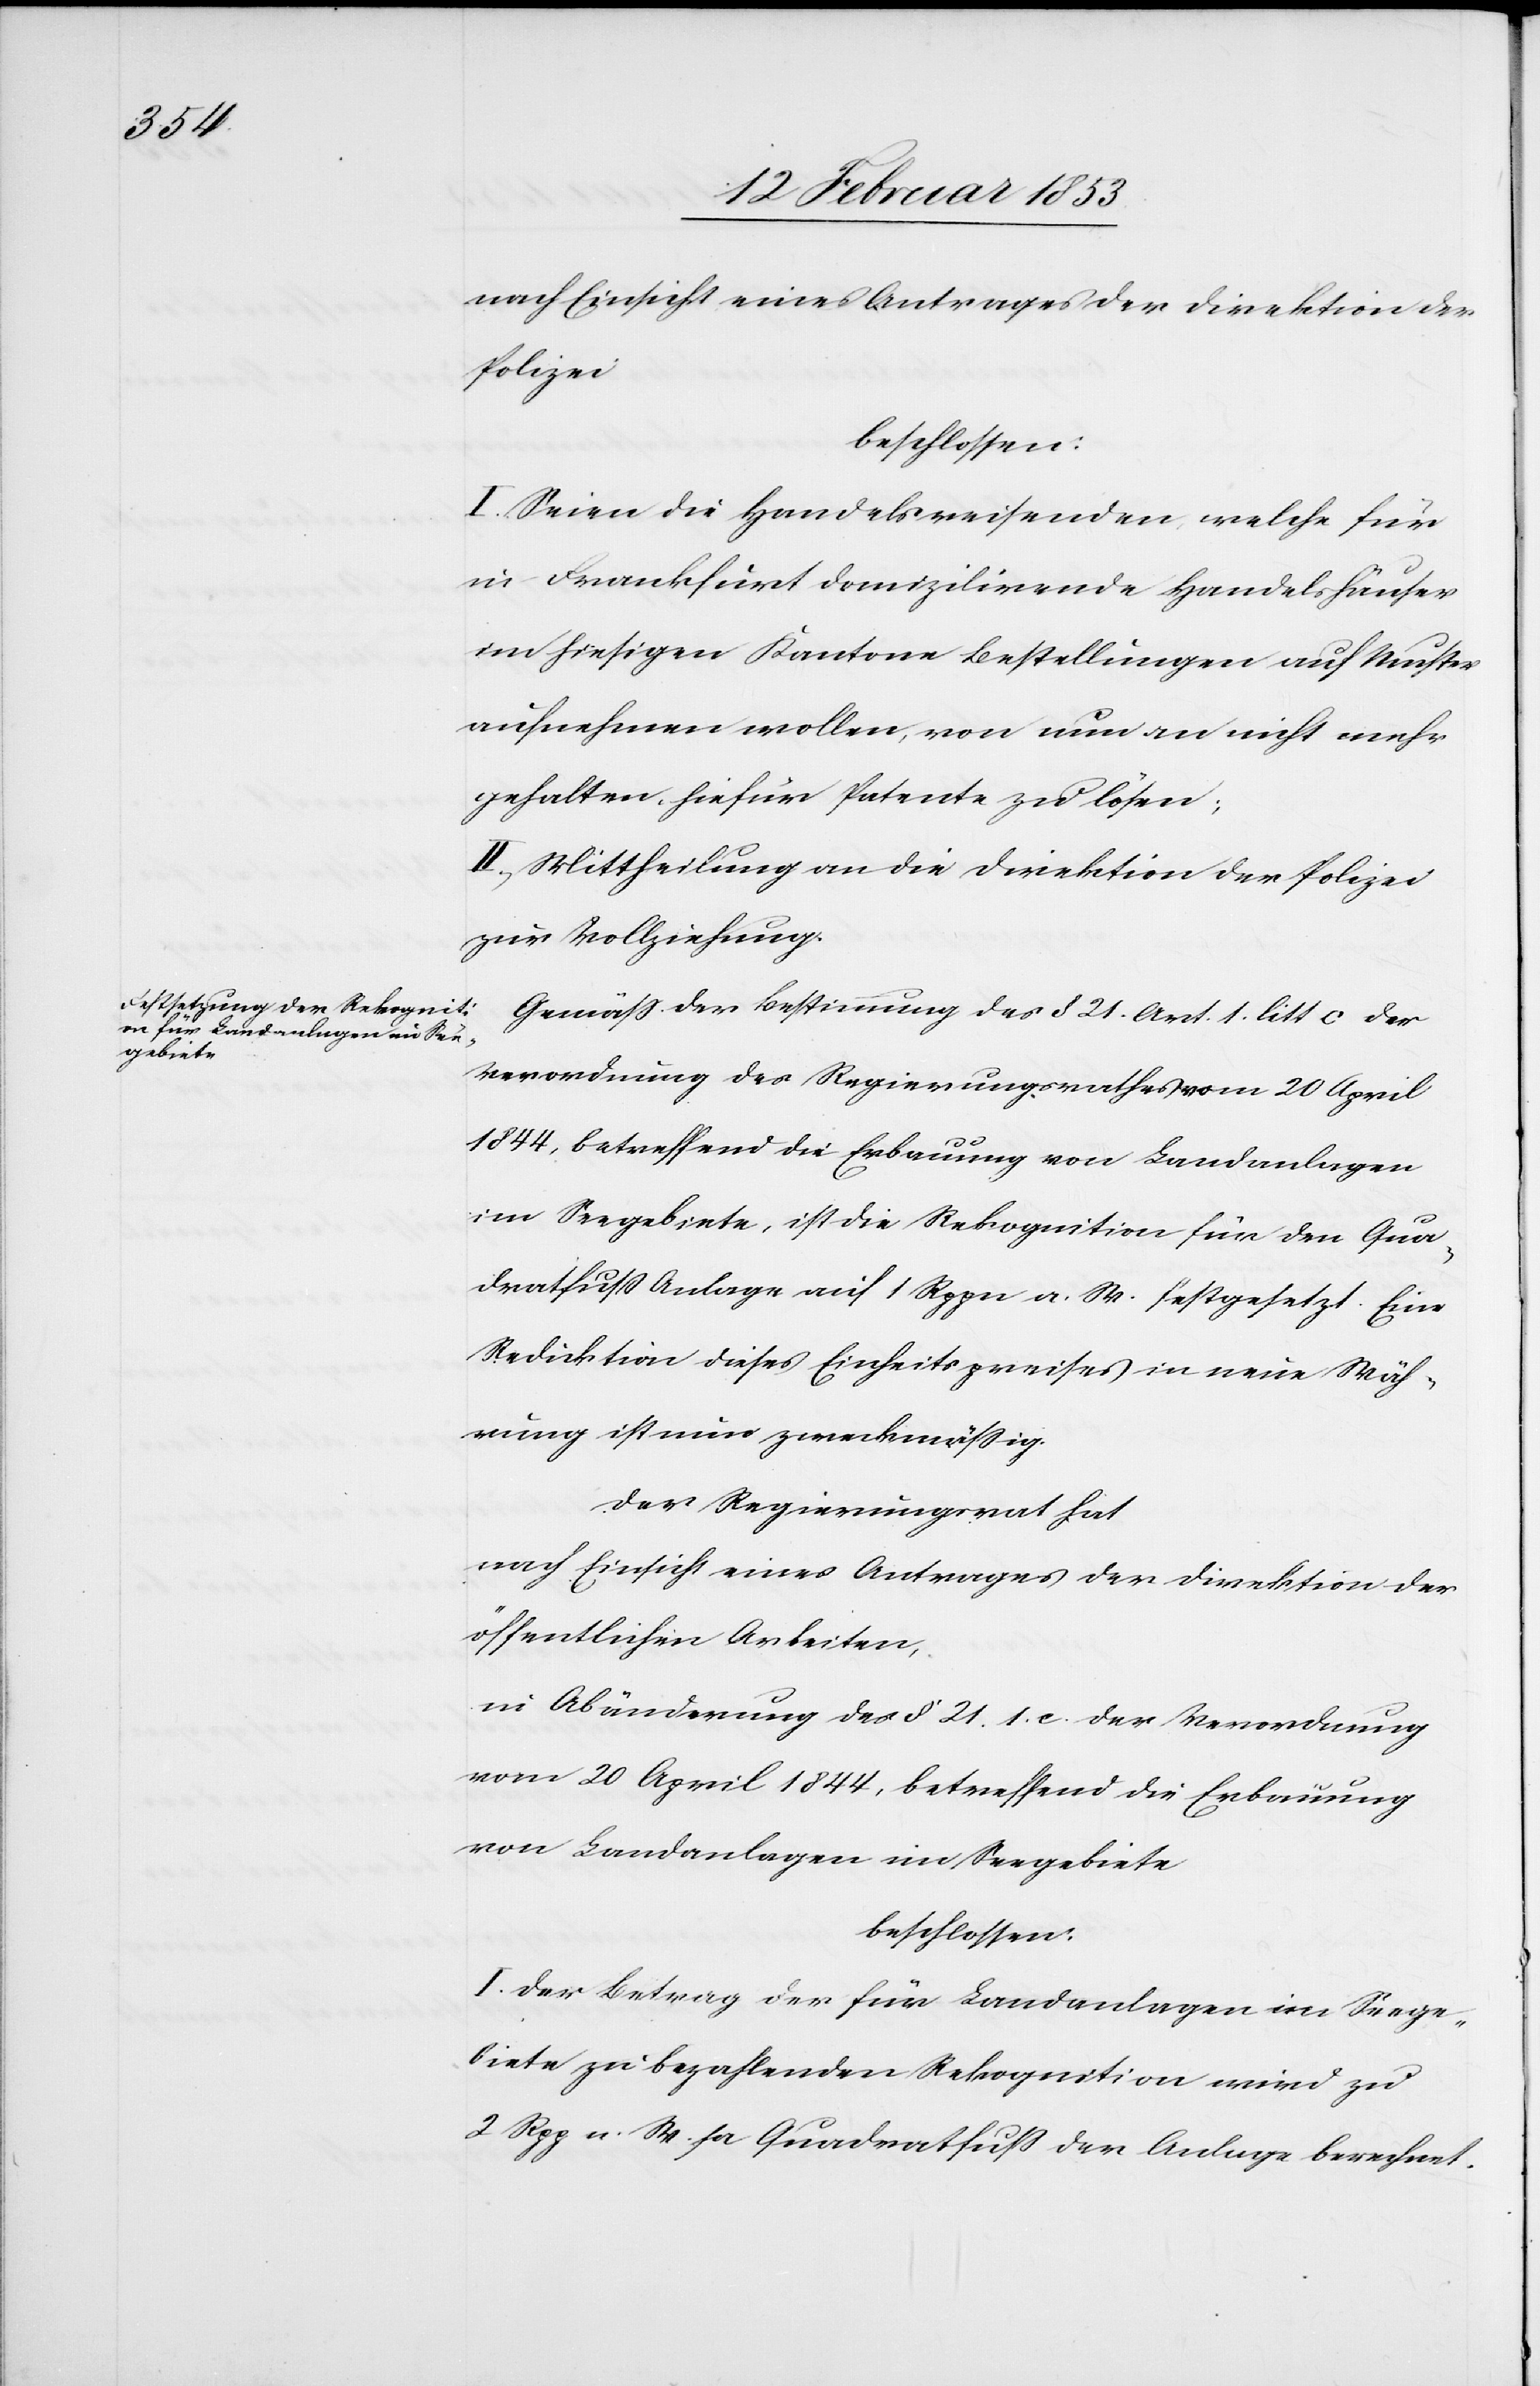
nach Einsicht eines Antrages der Direktion der
Polizei
beschlossen:
I. Seien die Handelsreisenden welche für
in Frankfurt domilizirende Handelshäuser
im hiesigen Kanton Bestellungen auf Muster¬
aufnahmen wollen, von nun an nicht mehr
gehalten, hiefür Patente zu lösen.
II. Mittheilung an die Direktion der Polizei
zur Vollziehung.
Gemäß der Bestimmung des § 21 Art. 1. litt c der
Verordnung des Regierungsrathes vom 20 April
1844, betreffend Erbauung von Landanlagen
im Seegebiete, ist die Rekognition für den Qua¬
dratfuß Anlage auf 1 Rppn. a. W. festgesetzt. Eine
Reduktion dieses Einheitspreises in neue Wäh¬
rung ist nun zweckmäßig.
Der Regierungsrath hat
nach Einsicht eines Antrages der Direktion der
öffentlichen Arbeiten,
in Abänderung der § 21 1. c. der Verordnung
vom 20 April 1844, betreffend die Erbauung
von Landanlagen im Seegebiete
beschlossen:
I. Der Beitrag der für Landanlagen im Seege¬
biete zu bezahlenden Rekognition wird zu
2 Rpp. n. W. pr Quadratfuß der Anlage berechnet